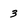
Character: 3